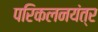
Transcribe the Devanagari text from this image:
परिकलनयंत्र